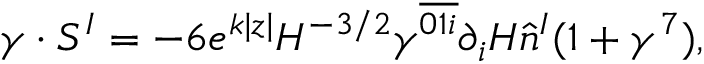
\gamma \cdot S ^ { I } = - 6 e ^ { k | z | } { \cal H } ^ { - 3 / 2 } \gamma ^ { \overline { { { 0 1 i } } } } \partial _ { i } { \cal H } \hat { n } ^ { I } ( 1 + \gamma ^ { 7 } ) ,